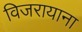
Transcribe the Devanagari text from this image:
विजरायाना